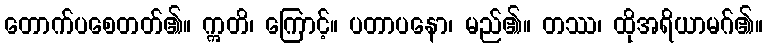
တောက်ပစေတတ်၏။ ဣတိ၊ ကြောင့်။ ပတာပနော၊ မည်၏။ တဿ၊ ထိုအရိယာမဂ်၏။